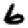
Digit: 6